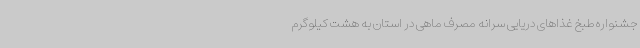
جشنواره طبخ غذاهای دریایی سرانه مصرف ماهی در استان به هشت کیلوگرم